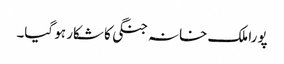
پورا ملک خانہ جنگی کا شکار ہو گیا۔